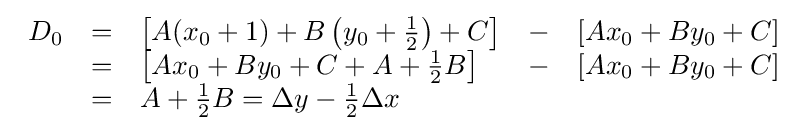
{\begin{array}{rclcl}D_{0}&=&\left[A(x_{0}+1)+B\left(y_{0}+{\frac {1}{2}}\right)+C\right]&-&\left[Ax_{0}+By_{0}+C\right]\\&=&\left[Ax_{0}+By_{0}+C+A+{\frac {1}{2}}B\right]&-&\left[Ax_{0}+By_{0}+C\right]\\&=&A+{\frac {1}{2}}B=\Delta y-{\frac {1}{2}}\Delta x\end{array}}